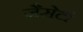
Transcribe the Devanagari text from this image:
जैसेटी